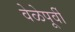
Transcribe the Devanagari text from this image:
वेळेपूर्वी